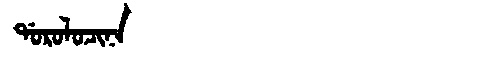
Manchu: ᡩᠣᡵᠣᠯᠣᠴᡳᠨᠠ
Romanization: DOROLOCINA